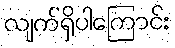
လျက်ရှိပါကြောင်း